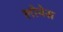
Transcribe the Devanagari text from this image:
लोवेस